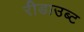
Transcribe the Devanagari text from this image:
रीडाउब्ट